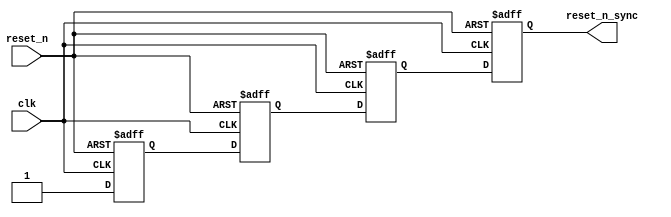
// (C) 2001-2018 Intel Corporation. All rights reserved.
// Your use of Intel Corporation's design tools, logic functions and other 
// software and tools, and its AMPP partner logic functions, and any output 
// files from any of the foregoing (including device programming or simulation 
// files), and any associated documentation or information are expressly subject 
// to the terms and conditions of the Intel Program License Subscription 
// Agreement, Intel FPGA IP License Agreement, or other applicable 
// license agreement, including, without limitation, that your use is for the 
// sole purpose of programming logic devices manufactured by Intel and sold by 
// Intel or its authorized distributors.  Please refer to the applicable 
// agreement for further details.



`timescale 1 ps / 1 ps

module hps_sdram_p0_reset_sync(
	reset_n,
	clk,
	reset_n_sync
);

parameter RESET_SYNC_STAGES = 4;
parameter NUM_RESET_OUTPUT = 1;

input	reset_n;
input	clk;
output	[NUM_RESET_OUTPUT-1:0] reset_n_sync;




// identify the synchronizer chain so that Quartus can analyze metastability.
// Since these resets are localized to the PHY alone, make them routed locally
// to avoid using global networks.
(* altera_attribute = {"-name SYNCHRONIZER_IDENTIFICATION FORCED_IF_ASYNCHRONOUS; -name GLOBAL_SIGNAL OFF"}*) reg	[RESET_SYNC_STAGES+NUM_RESET_OUTPUT-2:0] reset_reg /*synthesis dont_merge */;

generate
genvar i;
	for (i=0; i<RESET_SYNC_STAGES+NUM_RESET_OUTPUT-1; i=i+1)
	begin: reset_stage
		always @(posedge clk or negedge reset_n)
		begin
			if (~reset_n)
				reset_reg[i] <= 1'b0;
			else
			begin
				if (i==0)
					reset_reg[i] <= 1'b1;
				else if (i < RESET_SYNC_STAGES)
					reset_reg[i] <= reset_reg[i-1];
				else
					reset_reg[i] <= reset_reg[RESET_SYNC_STAGES-2];
				
			end
		end
	end
endgenerate

	assign reset_n_sync = reset_reg[RESET_SYNC_STAGES+NUM_RESET_OUTPUT-2:RESET_SYNC_STAGES-1];

endmodule